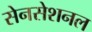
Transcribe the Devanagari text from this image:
सेनसेशनल